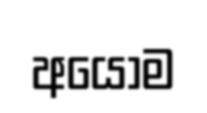
අයෝම